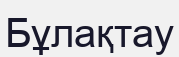
Бұлақтау